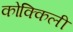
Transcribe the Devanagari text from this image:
कोक्किली